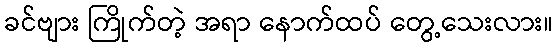
ခင်ဗျား ကြိုက်တဲ့ အရာ နောက်ထပ် တွေ့သေးလား။